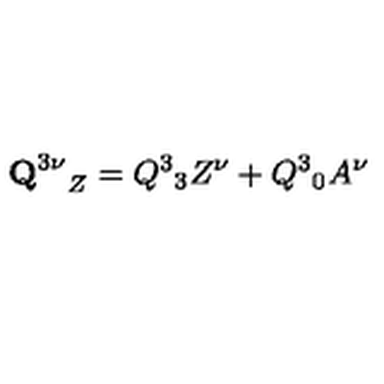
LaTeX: { { \bf Q } ^ { 3 \nu } } _ { Z } = Q ^ { 3 } { } _ { 3 } Z ^ { \nu } + Q ^ { 3 } { } _ { 0 } A ^ { \nu }